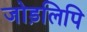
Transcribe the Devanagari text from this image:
जोड़लिपि